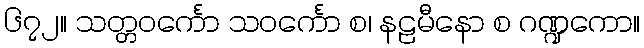
၆၇၂။ သတ္တဝင်္ကော သဝင်္ကော စ၊ နဠမီနော စ ဂဏ္ဍကော။